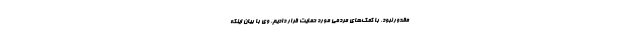
مقدور نبود، با کمک‌های مردمی مورد حمایت قرار دادیم. وی با بیان اینکه